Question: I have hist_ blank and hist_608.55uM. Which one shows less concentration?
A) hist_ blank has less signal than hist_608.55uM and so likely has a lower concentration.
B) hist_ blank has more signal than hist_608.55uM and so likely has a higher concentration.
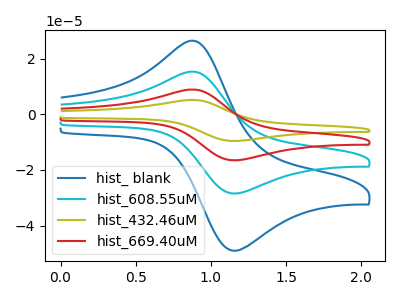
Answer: <think>The blue curve "hist_ blank" has an anodic peak at (0.90V, 26.15uA) and a cathodic peak at (1.15V, -48.95uA). The cyan curve "hist_608.55uM" has an anodic peak at (0.90V, 15.20uA) and a cathodic peak at (1.15V, -28.40uA). The olive curve "hist_432.46uM" has an anodic peak at (0.90V, 45.55uA) and a cathodic peak at (1.15V, -85.25uA). The red curve "hist_669.40uM" has an anodic peak at (0.90V, 30.35uA) and a cathodic peak at (1.15V, -56.85uA).
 All the peaks in "hist_ blank" have a peak in "hist_608.55uM" at the same potential. Every peak in "hist_ blank" is higher than every peak in "hist_608.55uM".</think>
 <answer>B) "hist_ blank" has more signal than "hist_608.55uM" and so likely has a higher concentration.</answer>
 <eval>B</eval>